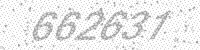
Solution: 662637